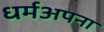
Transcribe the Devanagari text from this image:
धर्मअपना